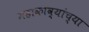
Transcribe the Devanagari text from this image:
महाकाव्यांच्या